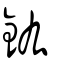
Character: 鈜